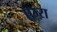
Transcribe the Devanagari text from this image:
एज्ऱा